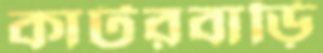
কাটরবাড়ি